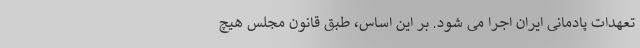
تعهدات پادمانی ایران اجرا می شود. بر این اساس، طبق قانون مجلس هیچ